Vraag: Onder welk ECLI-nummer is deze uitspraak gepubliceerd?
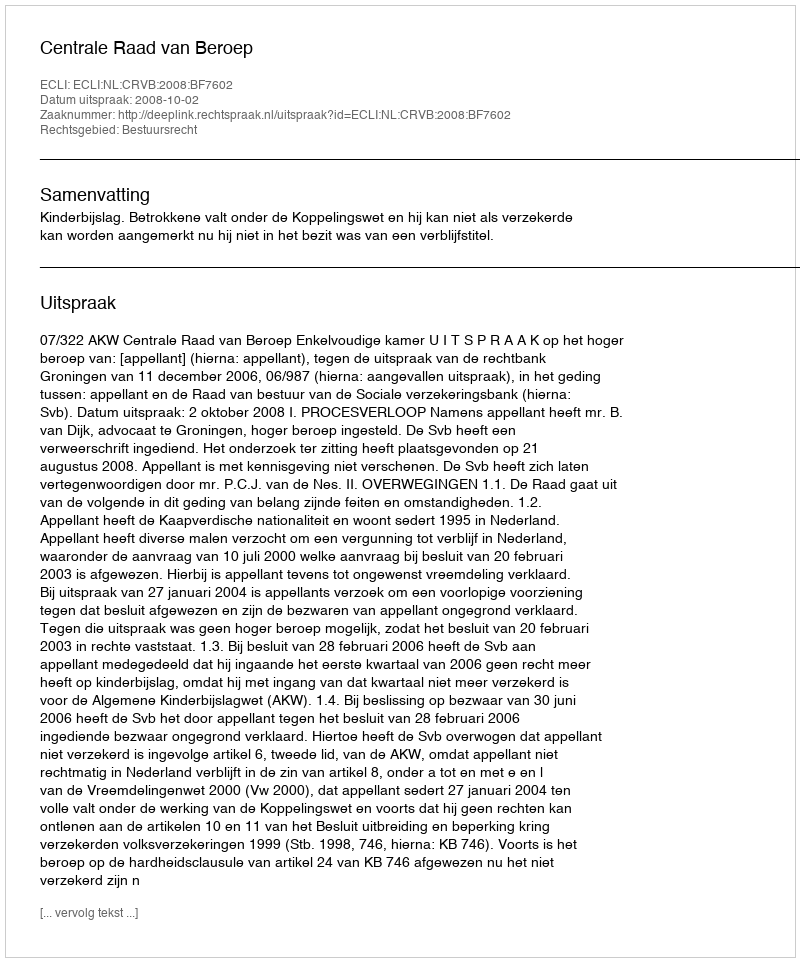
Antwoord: ECLI:NL:CRVB:2008:BF7602